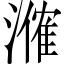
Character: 𬈼